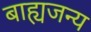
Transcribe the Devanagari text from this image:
बाह्यजन्य